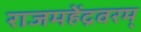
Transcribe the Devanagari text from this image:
राजमहेंद्रवरम्